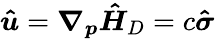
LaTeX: \boldsymbol{\hat{u}}=\boldsymbol{\nabla}_{\boldsymbol{p}}\boldsymbol{\hat{H}}_{D}=c\boldsymbol{\hat{\sigma}}